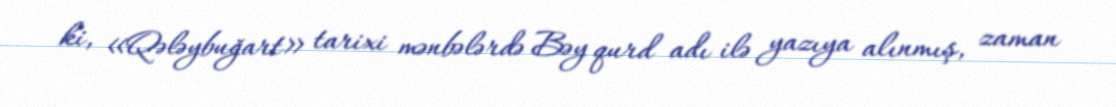
ki, «Qələybuğart» tarixi mənbələrdə Bəy qurd adı ilə yazıya alınmış, zaman